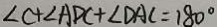
\angle C + \angle A D C + \angle D A C = 1 8 0 ^ { \circ }